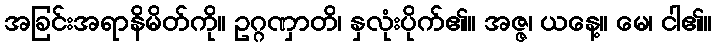
အခြင်းအရာနိမိတ်ကို။ ဥဂ္ဂဏှာတိ၊ နှလုံးပိုက်၏။ အဇ္ဇ၊ ယနေ့။ မေ၊ ငါ၏။